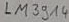
Text: LM3914